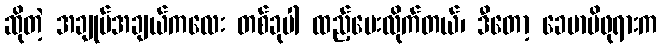
ဆိုတဲ့ အချုပ်အချယ်ကလေး တစ်ခုပါ ထည့်ပေးလိုက်တယ်၊ ဒီတော့ ခေမာမိဖုရားက